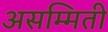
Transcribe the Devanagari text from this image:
असम्मिती